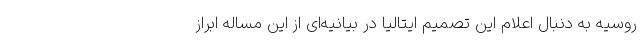
روسیه به دنبال اعلام این تصمیم ایتالیا در بیانیه‌ای از این مساله ابراز